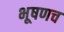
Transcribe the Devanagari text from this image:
भूषणच